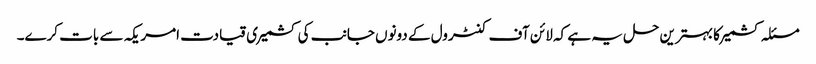
مسئلہ کشمیر کا بہترین حل یہ ہے کہ لائن آف کنٹرول کے دونوں جانب کی کشمیری قیادت امریکہ سے بات کرے۔